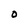
Character: 0